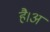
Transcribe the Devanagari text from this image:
है।अ